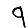
Digit: 9